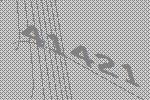
41421